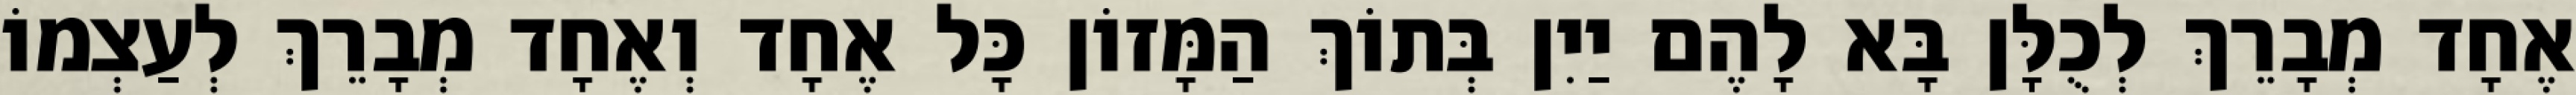
אֶחָד מְבָרֵךְ לְכֻלָּן בָּא לָהֶם יַיִן בְּתוֹךְ הַמָּזוֹן כָּל אֶחָד וְאֶחָד מְבָרֵךְ לְעַצְמוֹ